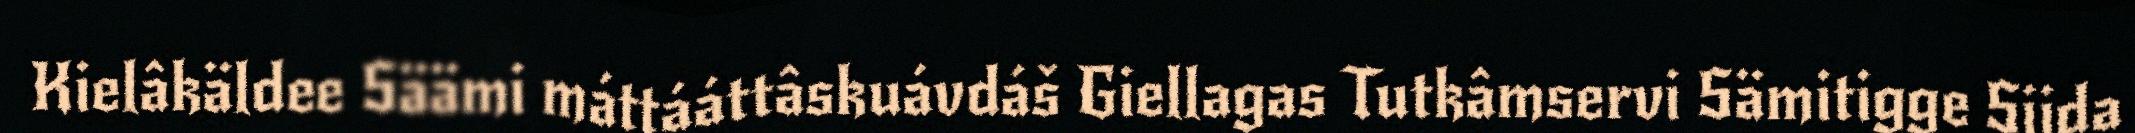
Kielâkäldee Säämi máttááttâskuávdáš Giellagas Tutkâmservi Sämitigge Siida